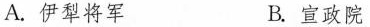
A. 伊犁将军 B. 宣政院